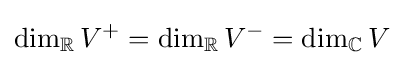
\dim _{\mathbb {R} }V^{+}=\dim _{\mathbb {R} }V^{-}=\dim _{\mathbb {C} }V